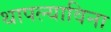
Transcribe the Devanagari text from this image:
थापल्याविना